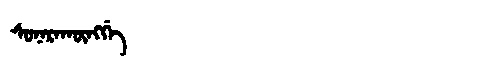
Manchu: ᠰᠣᠨᠠᡵᠠᡴᡡᠩᡤᡝ
Romanization: SONARAKŪNGGE